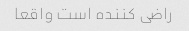
راضی کننده است واقعا